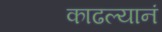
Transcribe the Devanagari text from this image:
काढल्यानं